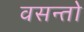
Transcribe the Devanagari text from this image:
वसन्तो